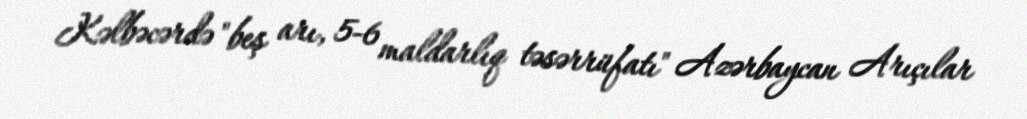
Kəlbəcərdə "beş arı, 5-6 maldarlıq təsərrüfatı" Azərbaycan Arıçılar